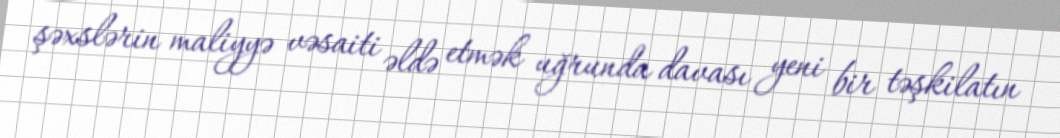
şəxslərin maliyyə vəsaiti əldə etmək uğrunda davası yeni bir təşkilatın